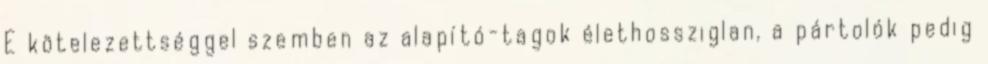
E kötelezettséggel szemben az alapító-tagok élethossziglan, a pártolók pedig